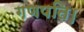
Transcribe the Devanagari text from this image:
गणपति।